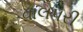
વાલપરી